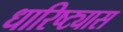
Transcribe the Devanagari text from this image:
धारिष्ट्यास